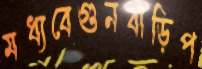
মধ্যবেগুনবাড়িপ